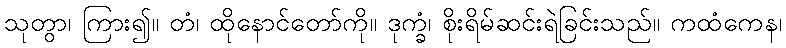
သုတွာ၊ ကြား၍။ တံ၊ ထိုနောင်တော်ကို။ ဒုက္ခံ၊ စိုးရိမ်ဆင်းရဲခြင်းသည်။ ကထံကေန၊